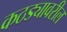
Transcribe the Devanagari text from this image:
कठड्यावरील